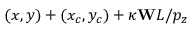
( x , y ) + ( x _ { c } , y _ { c } ) + \kappa \mathbf { W } L / p _ { z }